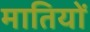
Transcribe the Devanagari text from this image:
मातियों